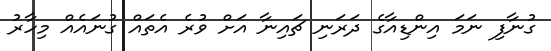
ގުނާފި ނަމަ އިންޑިއާގެ ދަރަނި ޗައިނާ އަށް ވުރެ އެތައް ގުނައެއް މިހާރު